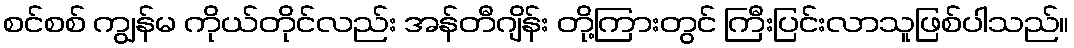
စင်စစ် ကျွန်မ ကိုယ်တိုင်လည်း အန်တီဂျိန်း တို့ကြားတွင် ကြီးပြင်းလာသူဖြစ်ပါသည်။